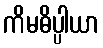
ကိမဓိပ္ပါယာ